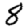
Digit: 8